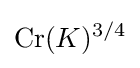
\operatorname {Cr} (K)^{3/4}